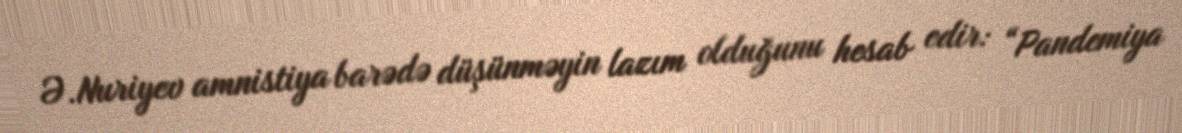
Ə.Nuriyev amnistiya barədə düşünməyin lazım olduğunu hesab edir: “Pandemiya